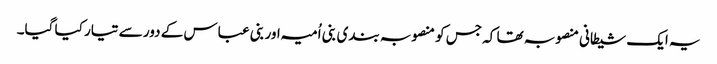
یہ ایک شیطانی منصوبہ تھا کہ جس کو منصوبہ بندی بنی اُمیہ اور بنی عباس کے دور سے تیار کیا گیا۔